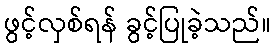
ဖွင့်လှစ်ရန် ခွင့်ပြုခဲ့သည်။